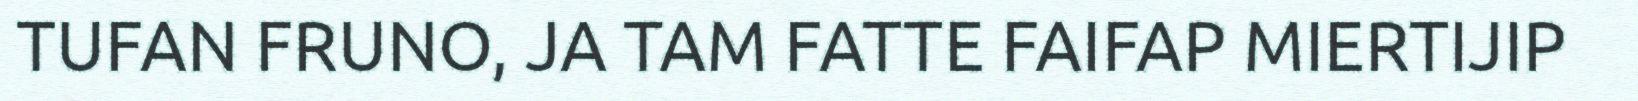
TUFAN FRUNO, JA TAM FATTE FAIFAP MIERTIJIP